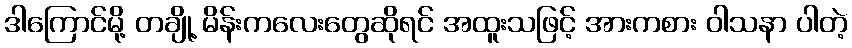
ဒါကြောင်မို့ တချို့ မိန်းကလေးတွေဆိုရင် အထူးသဖြင့် အားကစား ဝါသနာ ပါတဲ့